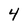
Character: 4